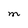
Character: M